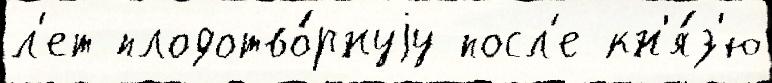
л'ет плодотво́рнуjу посл'е кн'я́з'ю